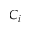
C _ { i }